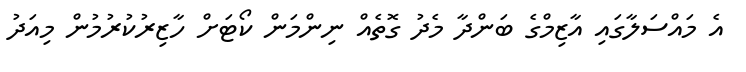
އެ މައްސަލާގައި އާޒިމްގެ ބަންދާ މެދު ގޮތެއް ނިންމަން ކޯޓަށް ހާޒިރުކުރުމުން މިއަދު